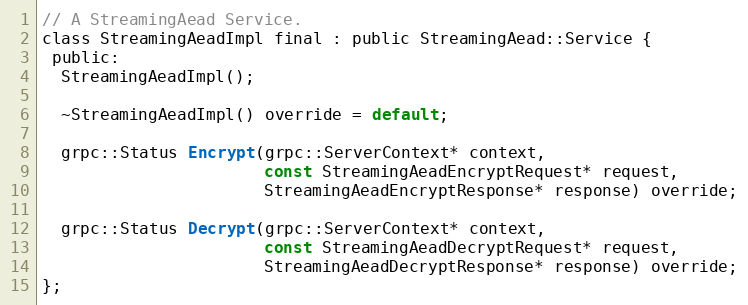
Language: C
// A StreamingAead Service.
class StreamingAeadImpl final : public StreamingAead::Service {
 public:
  StreamingAeadImpl();

  ~StreamingAeadImpl() override = default;

  grpc::Status Encrypt(grpc::ServerContext* context,
                       const StreamingAeadEncryptRequest* request,
                       StreamingAeadEncryptResponse* response) override;

  grpc::Status Decrypt(grpc::ServerContext* context,
                       const StreamingAeadDecryptRequest* request,
                       StreamingAeadDecryptResponse* response) override;
};